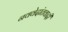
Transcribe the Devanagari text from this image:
नववेदांतवादी